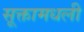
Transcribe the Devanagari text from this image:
सूक्तामधली